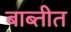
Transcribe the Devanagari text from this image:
बाब्तीत